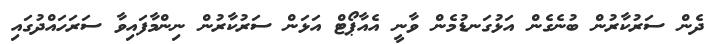
ދެން ސަރުކާރުން ބުނެގެން އަޅުގަނޑުމެން ވާނީ އެއާޕޯޓް އަޅަން ސަރުކާރުން ނިންމާފައިވާ ސަރަހައްދުގައި